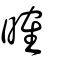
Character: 𣉒